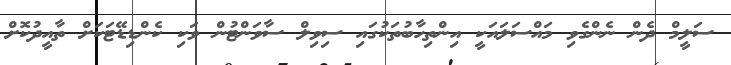
ސަލީމް ދެން ނެންގެވި މައްސަލައަކީ އިންތިހާބުތަކުގައި ސިވިލް ސާވަންޓުން ވަކި ކެންޑިޑޭޓަކަށް ތާއީދުކޮށް